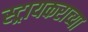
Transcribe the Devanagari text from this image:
स्ट्रायकराच्या